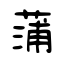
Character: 蒲